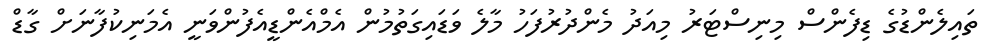
ތައިލެންޑުގެ ޑިފެންސް މިނިސްޓަރު މިއަދު މެންދުރުފަހު މާލެ ވަޑައިގަތުމުން އެމްއެންޑީއެފުންވަނީ އެމަނިކުފާނަށް ގާޑް